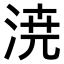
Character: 𣷝